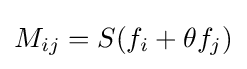
M_{ij}=S(f_{i}+\theta f_{j})